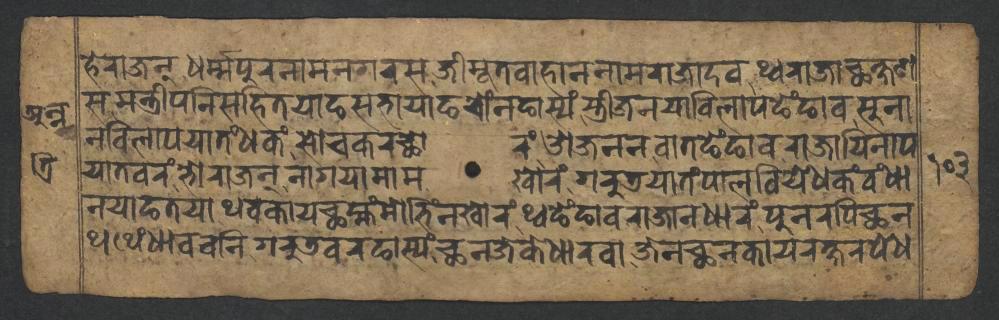
𑐴𑐾𑐬𑐵𑐖𑐣𑑂𑐢𑐬𑑂𑐩𑑂𑐩𑐥𑐸𑐬𑐣𑐵𑐩𑐣𑐐𑐬𑐳𑐖𑐷𑐩𑐹𑐟𑐰𑐵𑐴𑐵𑐣𑐣𑐵𑐩𑐬𑐵𑐖𑐵𑐡𑐰𑐠𑑂𑐰𑐬𑐵𑐖𑐵𑐕𑐎𑑂𑐲𑐞 𑐳𑐩𑐣𑑂𑐟𑑂𑐬𑐷𑐥𑐣𑐶𑐳𑐴𑐶𑐟𑐫𑐵𑐒𑐳𑐨𑐵𑐫𑐵𑐒𑐔𑑀𑑄𑐣𑐒𑐵𑐳𑑂𑐫𑑄𑐳𑑂𑐟𑑂𑐬𑐷𑐖𑐣𑐫𑐵𑐰𑐶𑐮𑐵𑐥𑐒𑐾𑑄𑐒𑐵𑐰𑐳𑐸𑐣𑐵 𑐣𑐰𑐶𑐮𑐵𑐥𑐫𑐵𑐟𑑄𑐢𑐎𑑄𑐳𑑀𑐔𑐎𑐬𑐕𑑀𑐬𑑄𑐌𑐖𑐣𑐣𑐰𑐵𑐟𑐒𑐾𑑄𑐒𑐵𑐰𑐬𑐵𑐖𑐵𑐫𑐶𑐣𑐵𑐥 𑐫𑐵𑐟𑐰𑐬𑑄𑐨𑑀𑐬𑐵𑐖𑐣𑑂𑐣𑐵𑐐𑐫𑐵𑐩𑐵𑐩𑐏𑑀𑐬𑑄𑐐𑐬𑐸𑐜𑐫𑐵𑐟𑑄𑐥𑐵𑐮𑐧𑐶𑐫𑐾𑐢𑐎𑑄𑐧𑑄𑐢𑐵 𑐣𑐫𑐵𑐒𑐟𑐫𑐵𑐠𑐰𑐎𑐵𑐫𑐕𑐩𑑂𑐴𑑄𑐩𑑀𑐨𑐶𑑄𑐣𑐏𑑀𑐬𑑄𑐠𑑂𑐰𑐒𑐾𑑄𑐒𑐵𑐰𑐬𑐵𑐖𑐵𑐣𑐢𑐵𑐬𑑄𑐥𑐸𑐣𑐬𑐥𑐶𑐕𑐣 𑐠𑐠𑐾𑑄𑐢𑐵𑐰𑐰𑐣𑐶𑐐𑐬𑐸𑐜𑐰𑐬𑐒𑐵𑐳𑑂𑐫𑑄𑐕𑐣𑐖𑐾𑐎𑐾𑐢𑐵𑐬𑐰𑐵𑐖𑐾𑐣𑐕𑐣𑐎𑐵𑐫𑐬𑐎𑑂𑐲𑐬𑐥𑐾𑐢